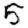
Digit: 5